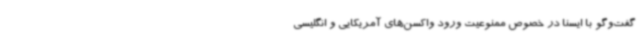
گفت‌وگو با ایسنا در خصوص ممنوعیت ورود واکسن‌های آمریکایی و انگلیسی